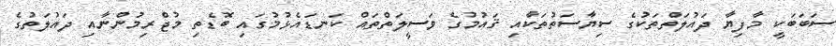
ސަބަބަކީ މާފިޔާ ދައުލަތްތަކުގެ ސިޔާސަތުތަކާއި ޤައުމުގެ ވަސީލަތްތައް ކަނޑައެޅުމުގައި ބޮޑެތި މުޖްރިމުންނާއި ދައުލަތުގެ